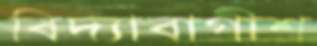
বিদ্যাবাগীশ